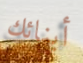
أبنائك